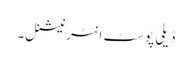
ڈیلی پوسٹ انٹرنیشنل۔